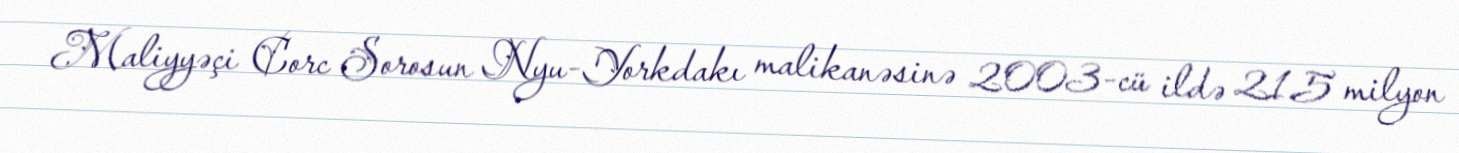
Maliyyəçi Corc Sorosun Nyu-Yorkdakı malikanəsinə 2003-cü ildə 21.5 milyon